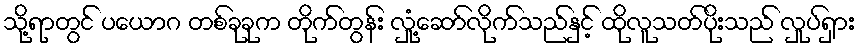
သို့ရာတွင် ပယောဂ တစ်ခုခုက တိုက်တွန်း လှုံ့ဆော်လိုက်သည်နှင့် ထိုလူသတ်ပိုးသည် လှုပ်ရှား